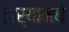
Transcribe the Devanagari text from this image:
झर्‍यामधे